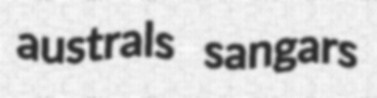
australs sangars